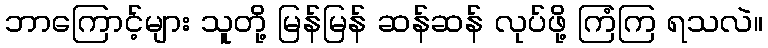
ဘာကြောင့်များ သူတို့ မြန်မြန် ဆန်ဆန် လုပ်ဖို့ ကြံကြ ရသလဲ။